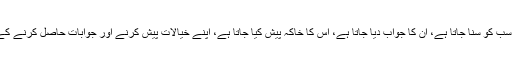
سوال ہوں، تنقید کی جائے، سب کو سنا جاتا ہے، ان کا جواب دیا جاتا ہے، اس کا خاکہ پیش کیا جاتا ہے، اپنے خیالات پیش کرنے اور جوابات حاصل کرنے کے اور بھی بہتر طریقے ہیں۔